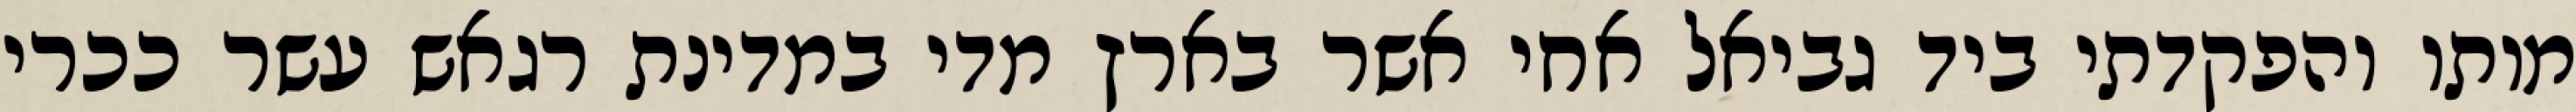
מותו והפקדתי ביד גביאל אחי אשר בארץ מדי במדינת רגאש עשר ככרי